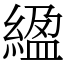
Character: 䋼